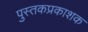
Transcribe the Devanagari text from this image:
पुस्तकप्रकाशक